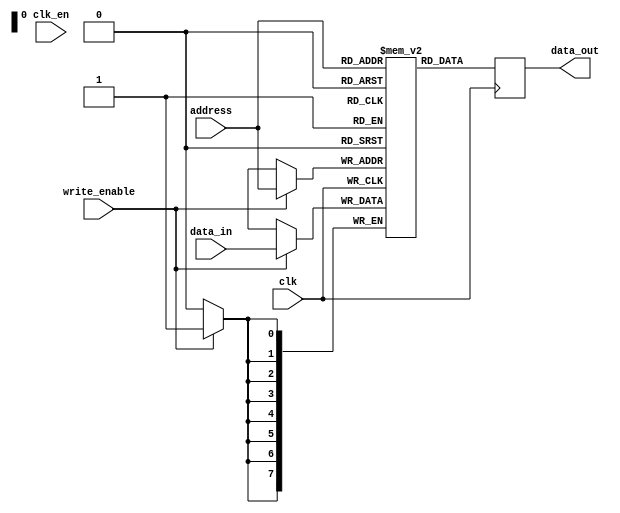
module memory_block (
    input wire clk,               // Primary clock signal
    input wire clk_en,            // Clock enable signal
    input wire [7:0] address,     // Memory address
    input wire [7:0] data_in,     // Data input for write operations
    input wire write_enable,       // Write enable signal
    output reg [7:0] data_out      // Data output for read operations
);
    reg [7:0] memory [0:255];      // Simple SRAM memory

    always @(posedge clk) begin
        if (write_enable) begin
            memory[address] <= data_in; // Write operation
        end
        data_out <= memory[address]; // Read operation
    end
endmodule